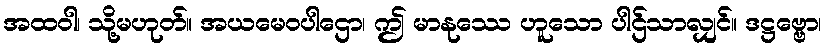
အထဝါ၊ သို့မဟုတ်။ အယမေဝပါဌော၊ ဤ မာနုဿေ ဟူသော ပါဌ်သာလျှင်။ ဒဋ္ဌဗ္ဗော၊